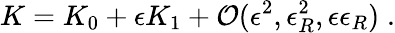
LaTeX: K=K_{0}+\epsilon K_{1}+{\cal O}(\epsilon^{2},\epsilon_{R}^{2},\epsilon\epsilon_{R})\; .